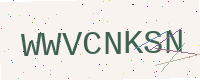
Text: WWVCNKSN